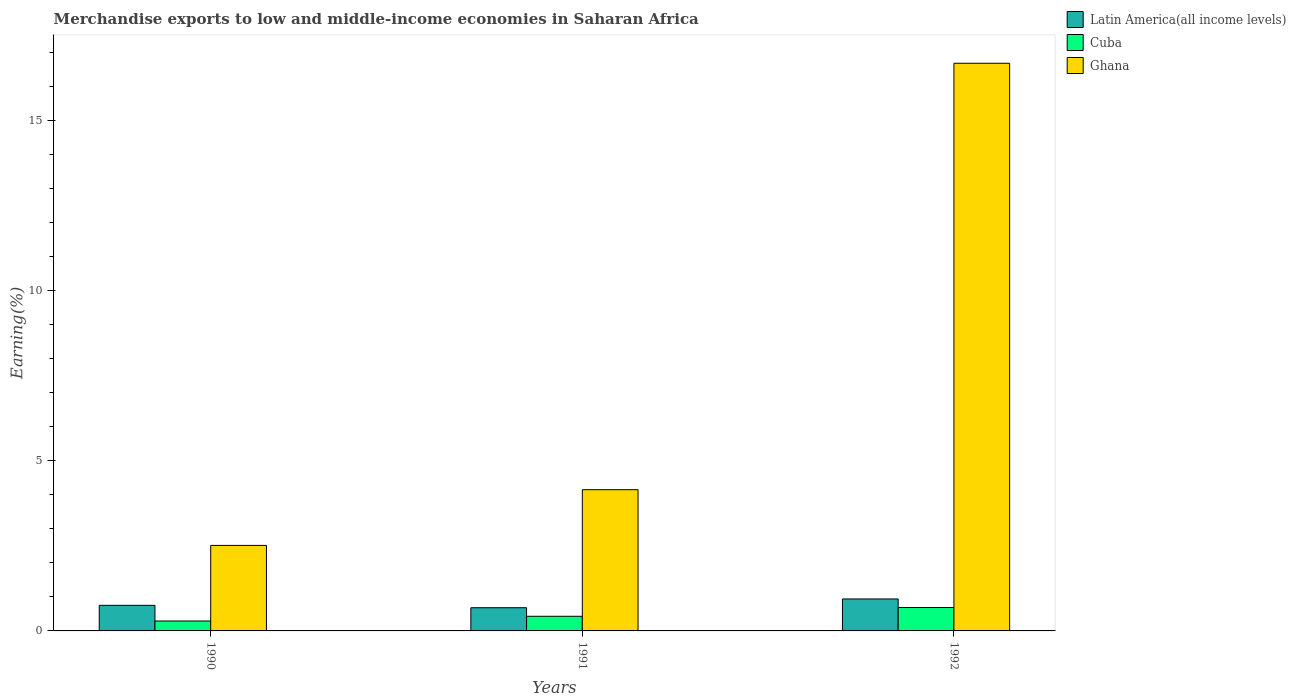
| Years | Latin America(all income levels) | Cuba | Ghana |
 | --- | --- | --- | --- |
 | 1990 | 0.751 | 0.291 | 2.51 |
 | 1991 | 0.681 | 0.43 | 4.15 |
 | 1992 | 0.938 | 0.687 | 16.7 |